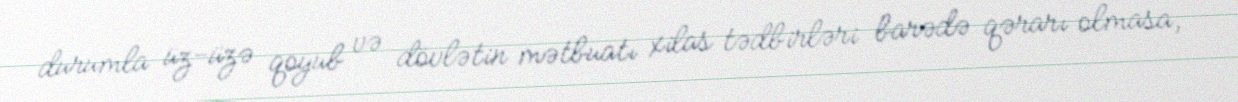
durumla üz-üzə qoyub və dövlətin mətbuatı xilas tədbirləri barədə qərarı olmasa,